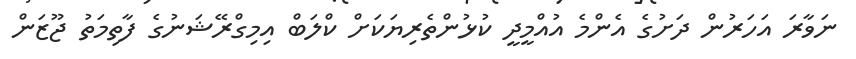
ނަވާރަ އަހަރުން ދަށުގެ އެންމެ އުއްމީދީ ކުޅުންތެރިޔަކަށް ކްލަބް އިމިގްރޭޝަނުގެ ފާތިމަތު ޖޫޒަން